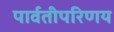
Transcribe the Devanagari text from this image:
पार्वतीपरिणय